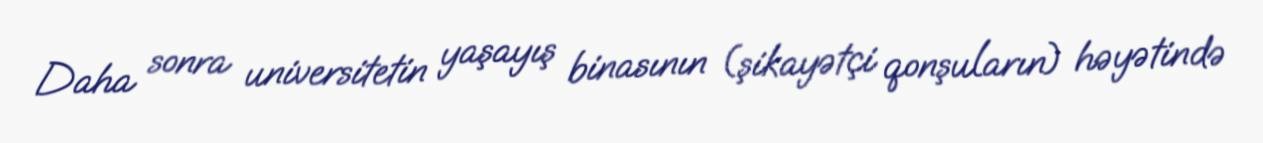
Daha sonra universitetin yaşayış binasının (şikayətçi qonşuların) həyətində